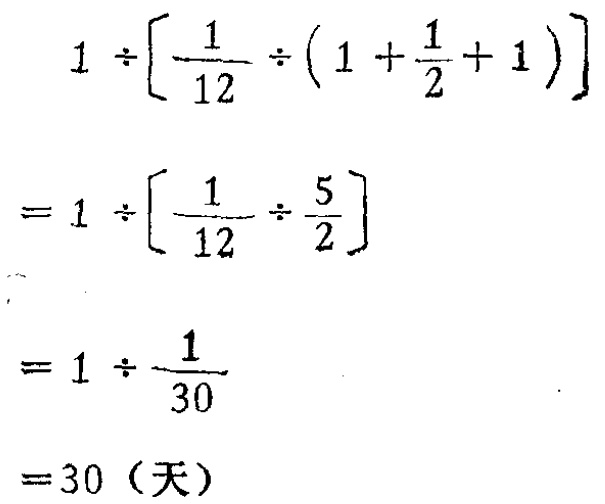
\[

\begin{align*}

&1\div\left[\frac{1}{12}\div\left(1 + \frac{1}{2}+1\right)\right]\\

=&1\div\left[\frac{1}{12}\div\frac{5}{2}\right]\\

=&1\div\frac{1}{30}\\

=&30（天）

\end{align*}

\]